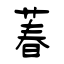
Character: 萶